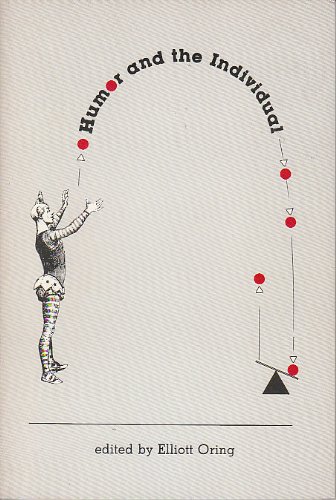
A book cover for Humor and the Individual; Elliot Oring; Humor & Entertainment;